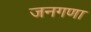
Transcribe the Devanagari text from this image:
जनगणा